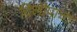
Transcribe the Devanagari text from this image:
दिलीपाचा